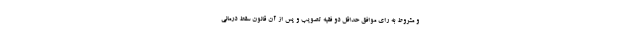
و مشروط به رای موافق حداقل دو فقیه تصویب و پس از آن قانون سقط درمانی